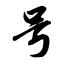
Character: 号